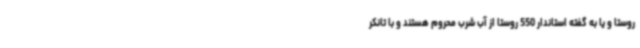
روستا و یا به گفته استاندار 550 روستا از آب شرب محروم هستند و با تانکر